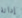
إدانة